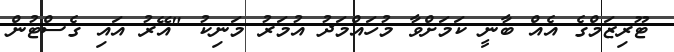
ޓޫރިޒަމްގެ އެއް ބާނީ ކަމަށްވާ މުހައްމަދު އުމަރު މަނިކު "އޭރު އައި ގެސްޓުން